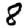
Digit: 8